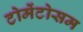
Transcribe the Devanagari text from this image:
टोमेंटोसम